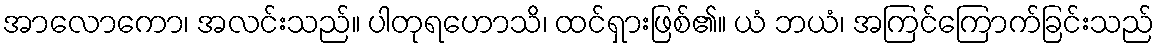
အာလောကော၊ အလင်းသည်။ ပါတုရဟောသိ၊ ထင်ရှားဖြစ်၏။ ယံ ဘယံ၊ အကြင်ကြောက်ခြင်းသည်